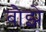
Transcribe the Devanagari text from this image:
बौझे